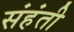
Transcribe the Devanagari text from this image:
संहंती